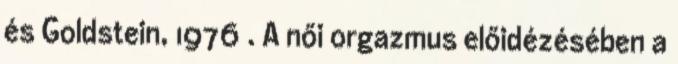
és Goldstein, 1976 . A női orgazmus előidézésében a